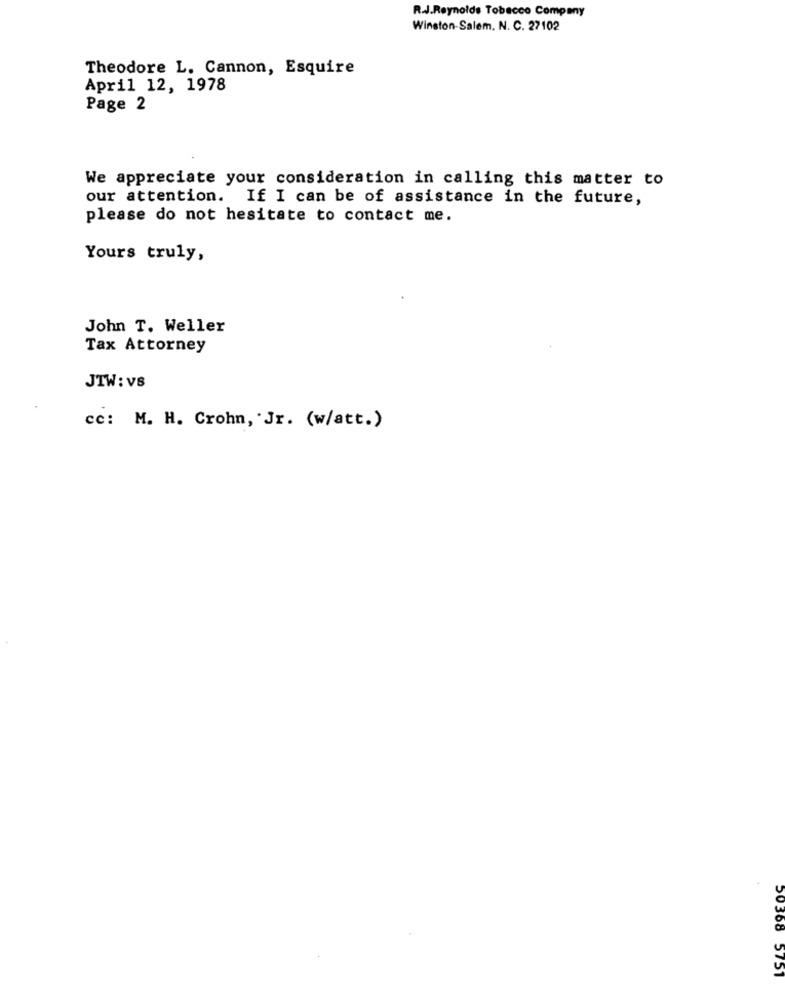
R.J.Reynolds Tobacco Company
Winston-Salem. N. C. 27102
Theodore L. Cannon, Esquire
April 12, 1978
Page 2
We appreciate your consideration in calling this matter to
our attention. If I can be of assistance in the future,
please do not hesitate to contact me.
Yours truly,
John T. Weller
Tax Attorney
JTW : VS
cc: M. H. Crohn, Jr. (w/att.)
50368 5751